Document type: Sale
Year: 1423
Scribe: Joan Franc
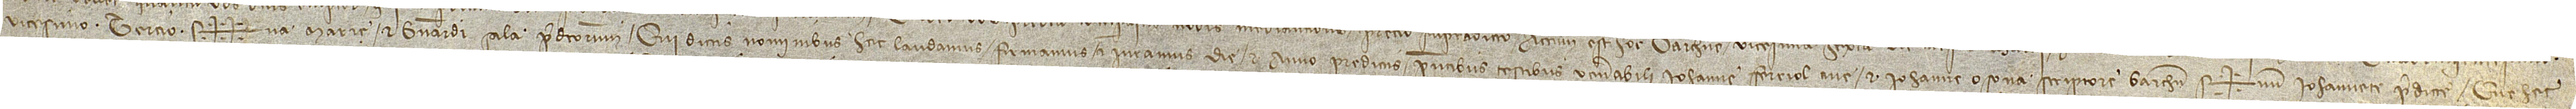
vicesimo tercio. Sig++na Marie et Bernardi Sala predictorum, qui dictis nominibus hec laudamus, firmamus et iuramus die et anno predictis, presentibus testibus venerabili Iohanne Ferriol, cive, et Iohanne Osona, scriptore Barchinone. Sig+num Iohannete predicte, que hec